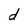
Character: d